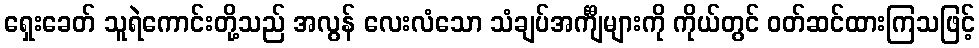
ရှေးခေတ် သူရဲကောင်းတို့သည် အလွန် လေးလံသော သံချပ်အင်္ကျီများကို ကိုယ်တွင် ဝတ်ဆင်ထားကြသဖြင့်